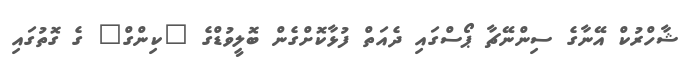
ޝާހްރުކް އޭނާގެ ސިންނޭޗާ ޕޯސްގައި ދެއަތް ފުޅާކޮށްގެން ބޮލީވުޑްގެ "ކިންގް" ގެ ގޮތުގައި